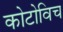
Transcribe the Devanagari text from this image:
कोटोविच